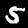
Label: 5